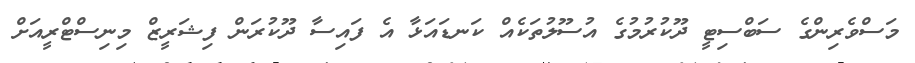
މަސްވެރިންގެ ސަބްސިޓީ ދޫކުރުމުގެ އުސޫލުތަކެއް ކަނޑައަޅާ އެ ފައިސާ ދޫކުރަން ފިޝަރީޒް މިނިސްޓްރީއަށް